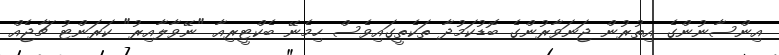
އިންސާނުންގެ އިތުރުން ޖަނަވާރުންގެ ބޮޑުކަމުދާ ތަކެތީގައިވެސް ހިމެނޭ ބެކްޓީރިއާ "ނޭވާލާއިރު" ކަރަންޓު ޗާޖެއް